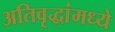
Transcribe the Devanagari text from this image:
अतिवृद्धांमध्ये